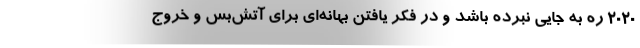
۲۰۲۰ ره به جایی نبرده باشد و در فکر یافتن بهانه‌ای برای آتش‌بس و خروج